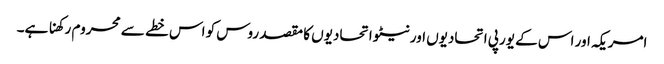
امریکہ اور اس کے یورپی اتحادیوں اور نیٹو اتحادیوں کا مقصد روس کو اس خطے سے محروم رکھنا ہے۔